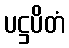
ပဋ္ဌပိတံ